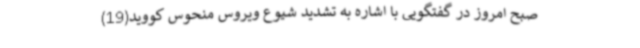
صبح امروز در گفتگویی با اشاره به تشدید شیوع ویروس منحوس کووید(19)